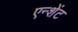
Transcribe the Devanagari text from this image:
एन्शेंट